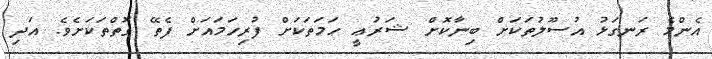
އެންމެ ރަނގަޅު އުސޫލުތަކަށް ބިނާކޮށް ޝަރުޢީ ހަމަތަކަށް ފުރިހަމައަށް ފެތޭ ގޮތްތަކަށެވެ. އަދި